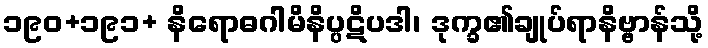
၁၉၀+၁၉၁+ နိရောဓဂါမိနိပ္ပဋိပဒါ၊ ဒုက္ခ၏ချုပ်ရာနိဗ္ဗာန်သို့